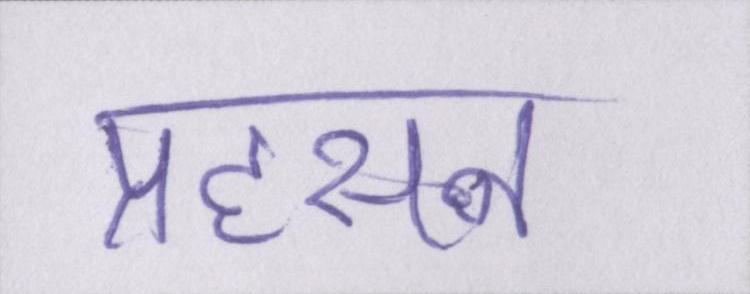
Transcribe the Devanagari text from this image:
प्रहसन